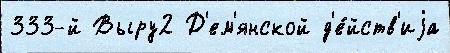
333-й Выру2 Д'ем'янской д'е́йств'иjа